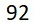
92